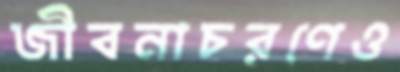
জীবনাচরণেও